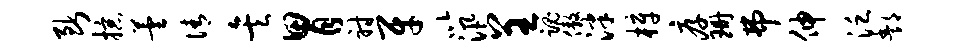
断掠芸倩矣胃射牙以汛呈魂傲泮梓厚珊弗伸泛酆